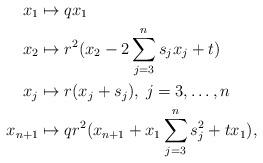
LaTeX: \begin{align*}x_1& \mapsto qx_1 \\x_2&\mapsto r^2(x_2 - 2 \sum\limits_{j=3}^{n}s_jx_j +t)\\x_j &\mapsto r(x_j + s_j), \; j=3,\ldots,n \\x_{n+1} &\mapsto qr^2(x_{n+1}+x_1\sum\limits_{j=3}^{n} s_j^2+ tx_1),\end{align*}